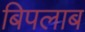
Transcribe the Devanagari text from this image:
बिपलाब